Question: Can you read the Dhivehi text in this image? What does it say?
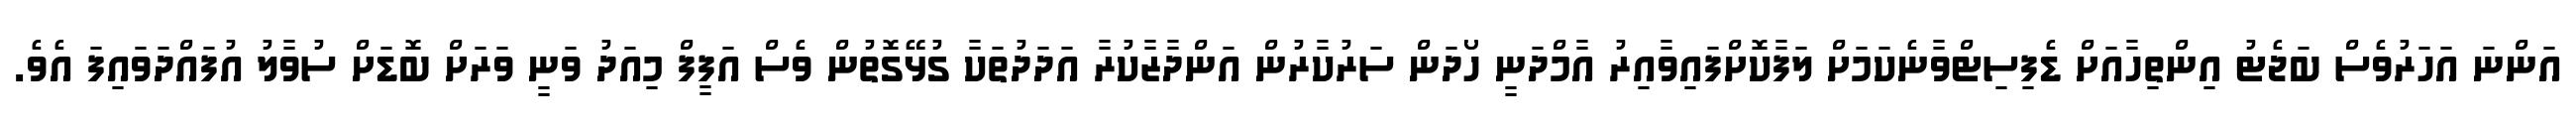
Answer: އަންނަ އަހަރުވެސް ބަޖެޓު އިންތިހާއަށް ޑެފިސިޓްވާނެކަމަށް ލަފާކޮށްފައިވާއިރު އާމްދަނީ ހޯދަން ސަރުކާރުން އަންދާޒާކުރާ އަދަދުތަކާ ގުޅޭގޮތުން ވެސް އަފީފް މިއަދު ވަނީ ވަރަށް ބޮޑަށް ސުވާލު އުފައްދަވައިފަ އެވެ.